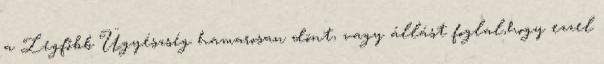
a Legfőbb Ügyészség hamarosan dönt, vagy állást foglal,hogy ezzel